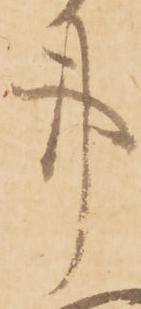
事